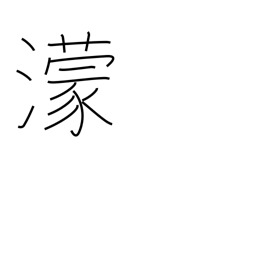
Meaning: dark